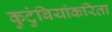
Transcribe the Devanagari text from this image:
कुटुंबियांकरिता